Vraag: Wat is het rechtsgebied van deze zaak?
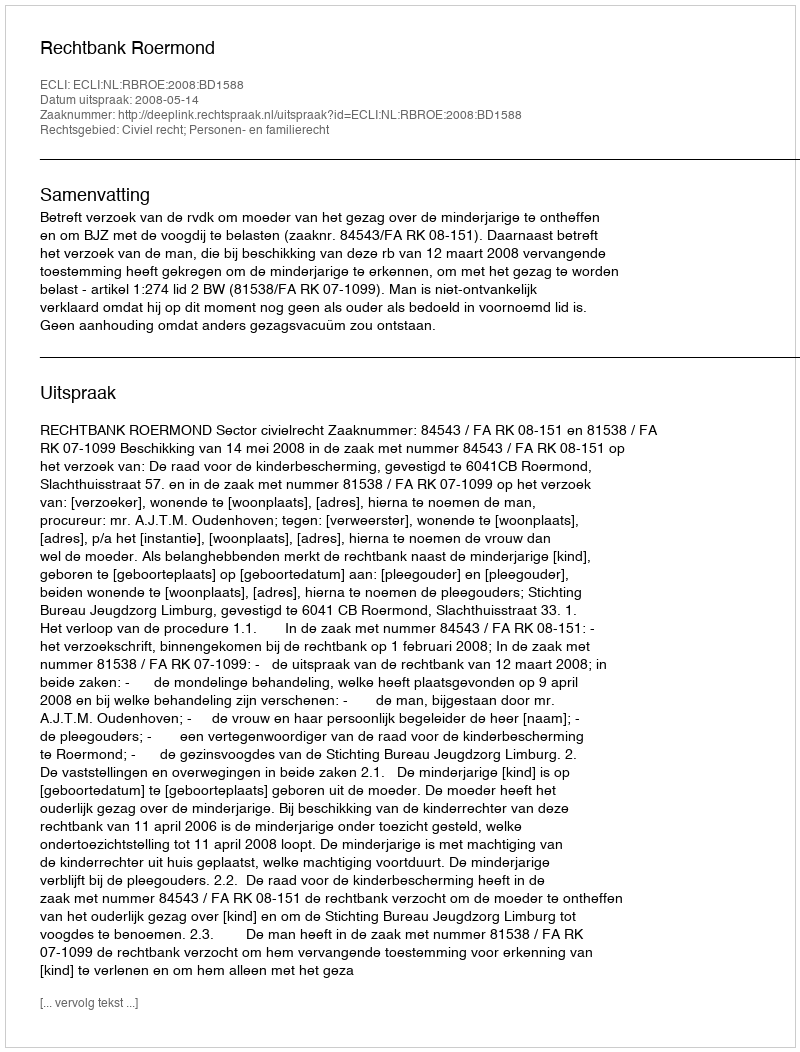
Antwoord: Civiel recht; Personen- en familierecht